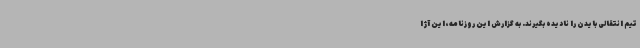
تیم انتقالی بایدن را نادیده بگیرند. به گزارش این روزنامه، این آژا